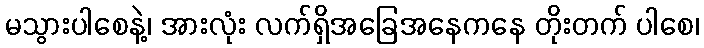
မသွားပါစေနဲ့၊ အားလုံး လက်ရှိအခြေအနေကနေ တိုးတက် ပါစေ၊